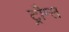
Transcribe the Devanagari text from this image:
ट्रौग्स